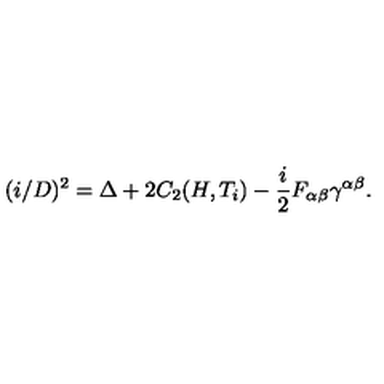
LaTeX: ( i \slash D ) ^ { 2 } = \Delta + 2 C _ { 2 } ( H , T _ { i } ) - { \frac { i } { 2 } } F _ { \alpha \beta } \gamma ^ { \alpha \beta } .